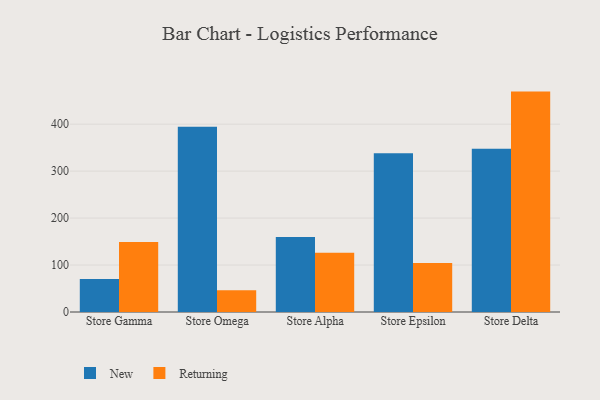
{"axis": {"x": "Store", "y": "Demand Index"}, "legend": ["New", "Returning"], "data": [{"x": "Store Gamma", "y": 70.5, "type": "New"}, {"x": "Store Gamma", "y": 149.3, "type": "Returning"}, {"x": "Store Omega", "y": 394.3, "type": "New"}, {"x": "Store Omega", "y": 46.4, "type": "Returning"}, {"x": "Store Alpha", "y": 159.8, "type": "New"}, {"x": "Store Alpha", "y": 126.2, "type": "Returning"}, {"x": "Store Epsilon", "y": 337.9, "type": "New"}, {"x": "Store Epsilon", "y": 104.3, "type": "Returning"}, {"x": "Store Delta", "y": 347.4, "type": "New"}, {"x": "Store Delta", "y": 469.3, "type": "Returning"}]}